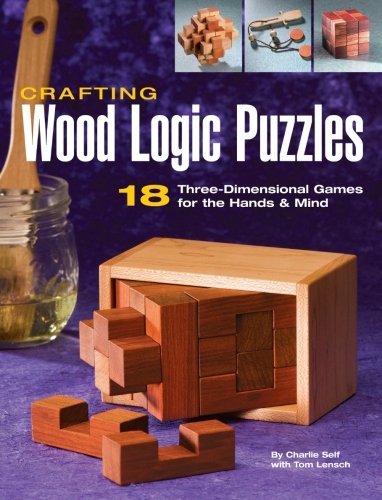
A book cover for Crafting Wood Logic Puzzles: 18 Three-dimensional Games for the Hands and Mind; Charlie Self; Crafts, Hobbies & Home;